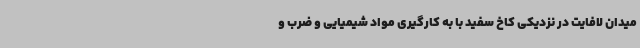
میدان لافایت در نزدیکی کاخ سفید با به کارگیری مواد شیمیایی و ضرب و